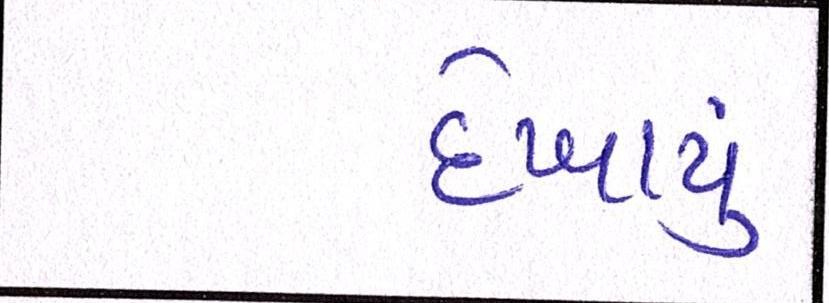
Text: દેખાયું